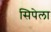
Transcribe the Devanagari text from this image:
सिपेला